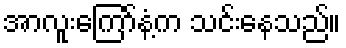
အာလူးကြော်နံ့က သင်းနေသည်။